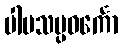
ပါပသမ္ပဝင်္ကော